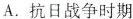
A.抗日战争时期